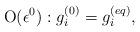
LaTeX: \begin{align*}{\rm O}(\epsilon ^0): g_i^{(0)}=g_i^{(eq)},\end{align*}